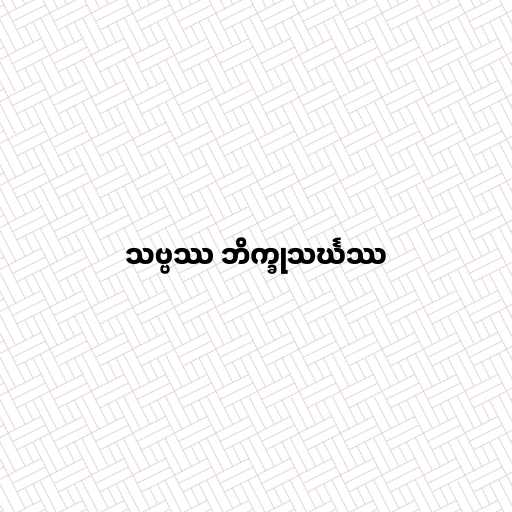
သဗ္ဗဿ ဘိက္ခုသင်္ဃဿ